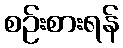
စဉ်းစားရန်